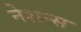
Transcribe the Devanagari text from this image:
नेशन्‍स